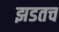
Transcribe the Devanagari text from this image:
झडतच